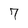
Character: 7